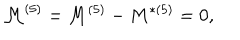
LaTeX: { \cal { M } } ^ { ( 5 ) } = M ^ { ( 5 ) } - M ^ { * ( 5 ) } = 0 ,